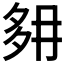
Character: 𡖔